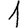
Digit: 1